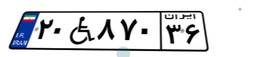
۲۰W۸۷۰۳۶